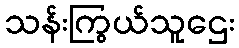
သန်းကြွယ်သူဌေး